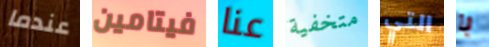
عندما فيتامين عنا متخفية التي با